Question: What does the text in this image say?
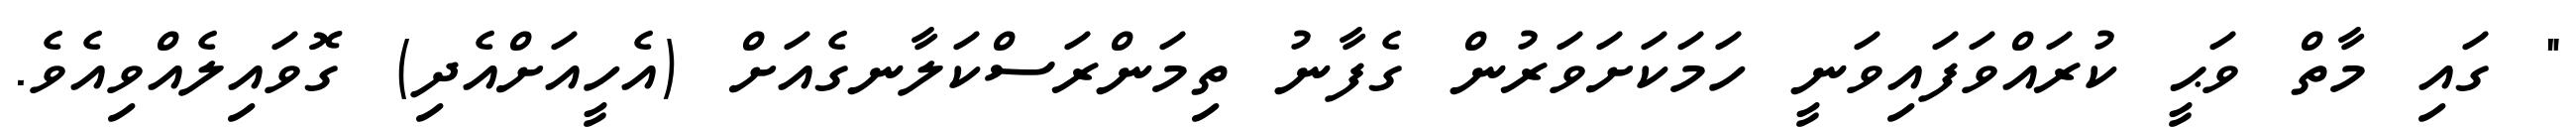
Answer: " ގައި މާތް ވަޙީ ކުރައްވަފައިވަނީ ހަމަކަށަވަރުން ގެފާނު ތިމަންރަސްކަލާނގެއަށް (އެހީއަށްއެދި) ގޮވައިލެއްވިއެވެ.